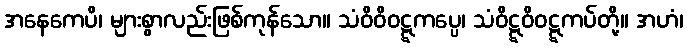
အနေကေပိ၊ များစွာလည်းဖြစ်ကုန်သော။ သံဝိဝိဝဋ္ဋကပ္ပေ၊ သံဝိဋ္ဋဝိဝဋ္ဋကပ်တို့။ အဟံ၊